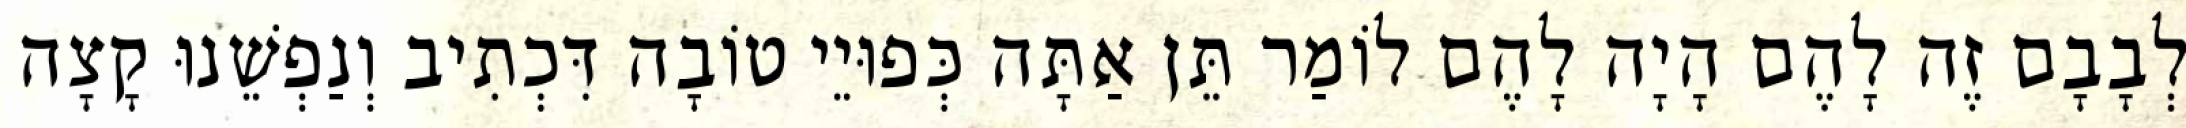
לְבָבָם זֶה לָהֶם הָיָה לָהֶם לוֹמַר תֵּן אַתָּה כְּפוּיֵי טוֹבָה דִּכְתִיב וְנַפְשֵׁנוּ קָצָה